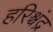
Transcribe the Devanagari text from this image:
हरिश्र्चंद्र